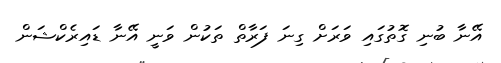
އޭނާ ބުނި ގޮތުގައި ވަރަށް ގިނަ ފަރާތް ތަކުން ވަނީ އޭނާ ޑައިރެކްޝަން